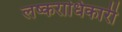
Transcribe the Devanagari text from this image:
लष्कराधिकारी